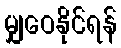
မျှဝေနိုင်ရန်